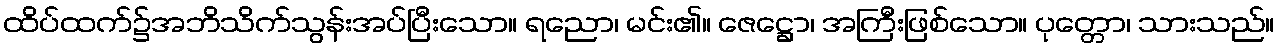
ထိပ်ထက်၌အဘိသိက်သွန်းအပ်ပြီးသော။ ရညော၊ မင်း၏။ ဇေဋ္ဌော၊ အကြီးဖြစ်သော။ ပုတ္တော၊ သားသည်။